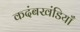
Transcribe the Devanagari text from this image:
कदंबखंडियाँ